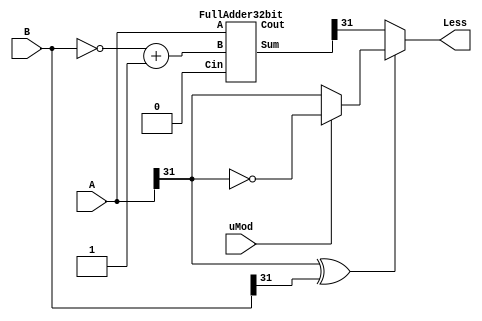
module COMP32b(output 	Less,
	       input [31:0] A, B,
	       input 	    uMod      // 1:UnsignedMode, 0:SignedMode
	       );

   wire [31:0] 		    Sum, Bm;
   wire 		    IsDiffSign;

   assign Bm = ~B + 1'b1; 
   assign IsDiffSign = A[31] ^ B[31]; 

   FullAdder32bit add32b(
			 // Outputs
			 .Sum			(Sum),
			 .Cout			(Cout),
			 // Inputs
			 .A			(A),
			 .B			(Bm),
			 .Cin			(1'b0));

   assign Less = IsDiffSign? (uMod? ~A[31] : A[31]) : Sum[31];
   
endmodule


module FullAdder32bit (
		       input wire [31:0]  A,
		       input wire [31:0]  B,
		       input wire 	  Cin,
		       output wire [31:0] Sum,
		       output wire 	  Cout
		       );

   assign {Cout, Sum} = A + B + Cin;

endmodule